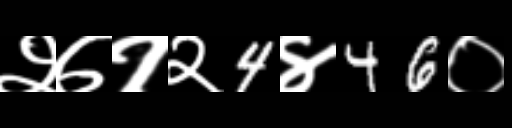
Text: २७१२4४46०